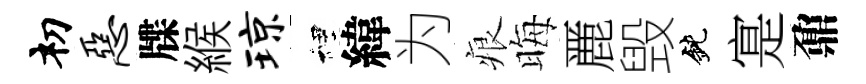
𥘉恶牒緱琼裡緯为痕晦䴡毁鈍寔鼐